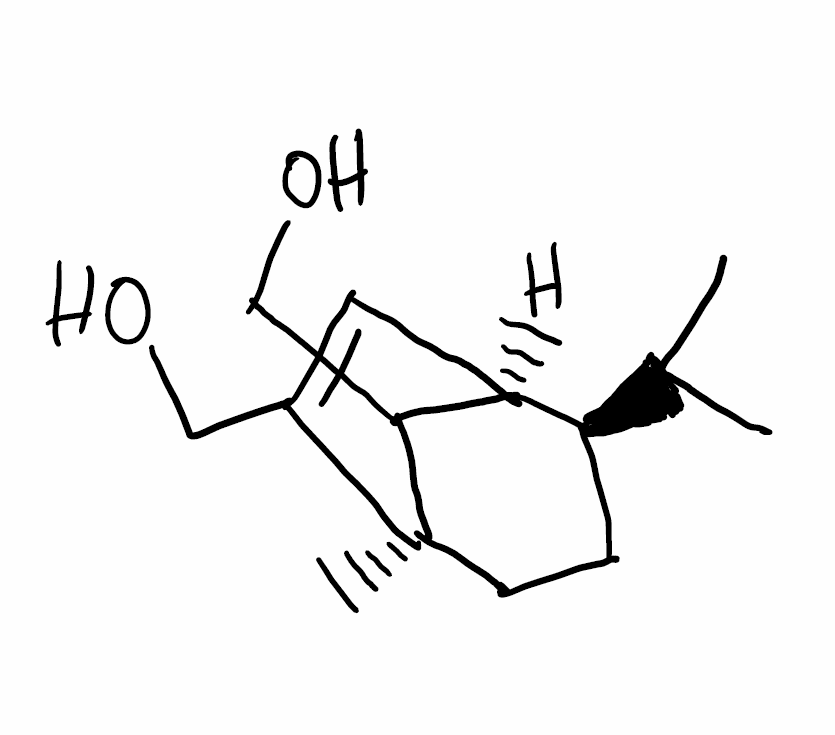
Simplified molecular-input line-entry system (SMILES) notation of the given molecule:
CC(C)[C@H]1CC[C@@]2(C([C@H]1C=C2CO)CO)C